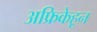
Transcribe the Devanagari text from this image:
अफ्रिकेहून